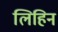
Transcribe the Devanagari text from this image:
लिहिन